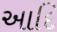
આદિ